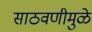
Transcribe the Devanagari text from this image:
साठवणीमुळे